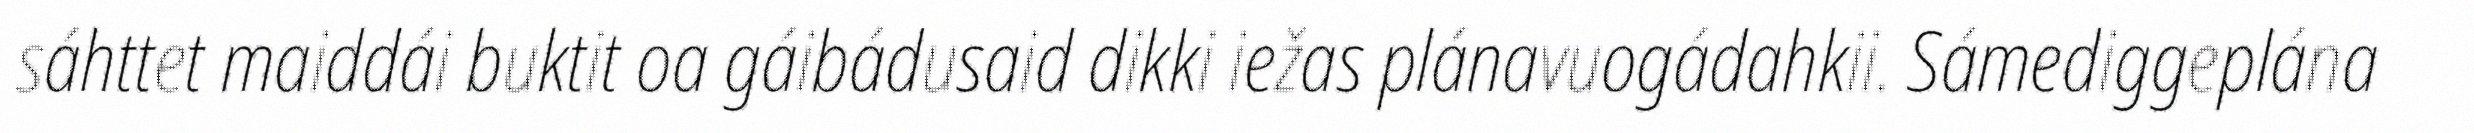
sáhttet maiddái buktit oa gáibádusaid dikki iežas plánavuogádahkii. Sámediggeplána